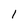
Character: 1